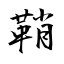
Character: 鞘